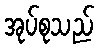
အုပ်စုသည်